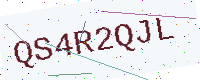
Text: QS4R2QJL